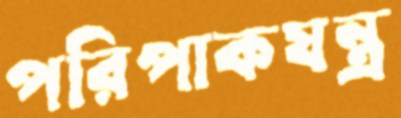
পরিপাকযন্ত্র